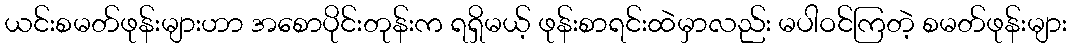
ယင်းစမတ်ဖုန်းများဟာ အစောပိုင်းတုန်းက ရရှိမယ့် ဖုန်းစာရင်းထဲမှာလည်း မပါဝင်ကြတဲ့ စမတ်ဖုန်းများ